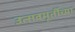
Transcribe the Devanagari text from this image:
उत्सवमूर्तीच्या